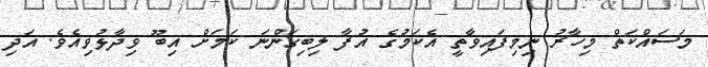
މަސައްކަތް މިހާރު ނިމިފައިވާތީ އެކަމުގެ އުފާ ލިބިގަންނަ ކަމަށް އިބޫ ވިދާޅުވިއެވެ. އަދި